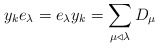
\begin{align*}y_ke_{\lambda}=e_{\lambda}y_k=\sum_{\mu \triangleleft \lambda} D_{\mu}\end{align*}